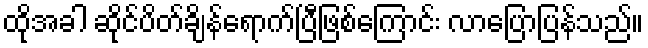
ထိုအခါ ဆိုင်ပိတ်ချိန်ရောက်ပြီဖြစ်ကြောင်း လာပြောပြန်သည်။